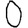
Digit: 0